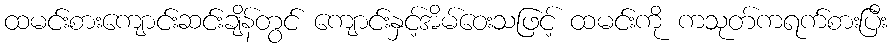
ထမင်းစားကျောင်းဆင်းချိန်တွင် ကျောင်းနှင့်အိမ်ဝေးသဖြင့် ထမင်းကို ကသုတ်ကရက်စားပြီး